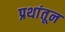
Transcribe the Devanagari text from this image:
प्रथांतून